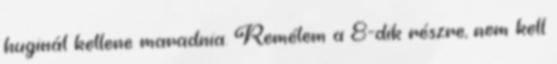
huginál kellene maradnia. Remélem a 8-dik részre, nem kell